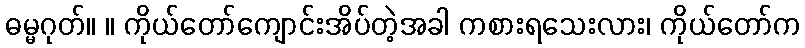
ဓမ္မဂုတ်။ ။ ကိုယ်တော်ကျောင်းအိပ်တဲ့အခါ ကစားရသေးလား၊ ကိုယ်တော်က